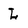
Character: L